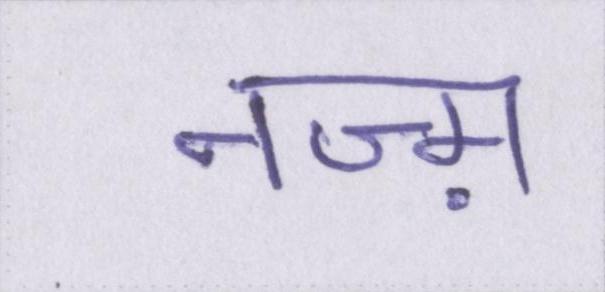
नज़्म